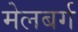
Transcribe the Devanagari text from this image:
मेलबर्ग